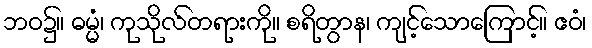
ဘဝ၌။ ဓမ္မံ၊ ကုသိုလ်တရားကို။ စရိတွာန၊ ကျင့်သောကြောင့်။ ဧဝံ၊